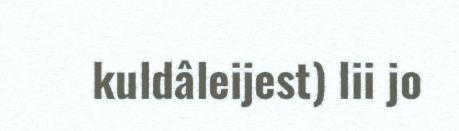
kuldâleijest) lii jo